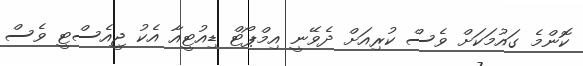
ކޮންމެ ގައުމަކަށް ވެސް ކުރިއަށް ދެވޭނީ އިމްޕޯޓް ޑިއުޓީއާ އެކު ޖީއެސްޓީ ވެސް